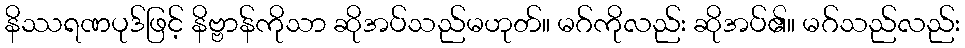
နိဿရဏပုဒ်ဖြင့် နိဗ္ဗာန်ကိုသာ ဆိုအပ်သည်မဟုတ်။ မဂ်ကိုလည်း ဆိုအပ်၏။ မဂ်သည်လည်း